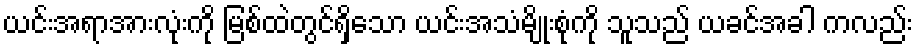
ယင်းအရာအားလုံးကို မြစ်ထဲတွင်ရှိသော ယင်းအသံမျိုးစုံကို သူသည် ယခင်အခါ ကလည်း